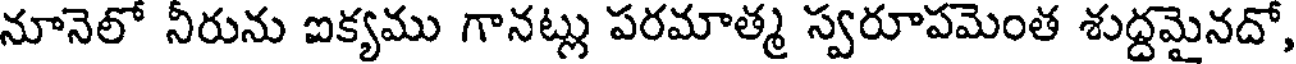
నూనెలో నీరును ఐక్యము గానట్లు పరమాత్మ స్వరూపమెంత శుద్ధమైనదో,